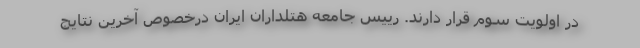
در اولویت سوم قرار دارند. رییس جامعه هتلداران ایران درخصوص آخرین نتایج